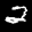
Label: 2